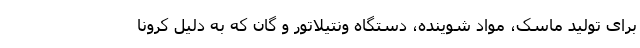
برای تولید ماسک، مواد شوینده، دستگاه ونتیلاتور و گان که به دلیل کرونا